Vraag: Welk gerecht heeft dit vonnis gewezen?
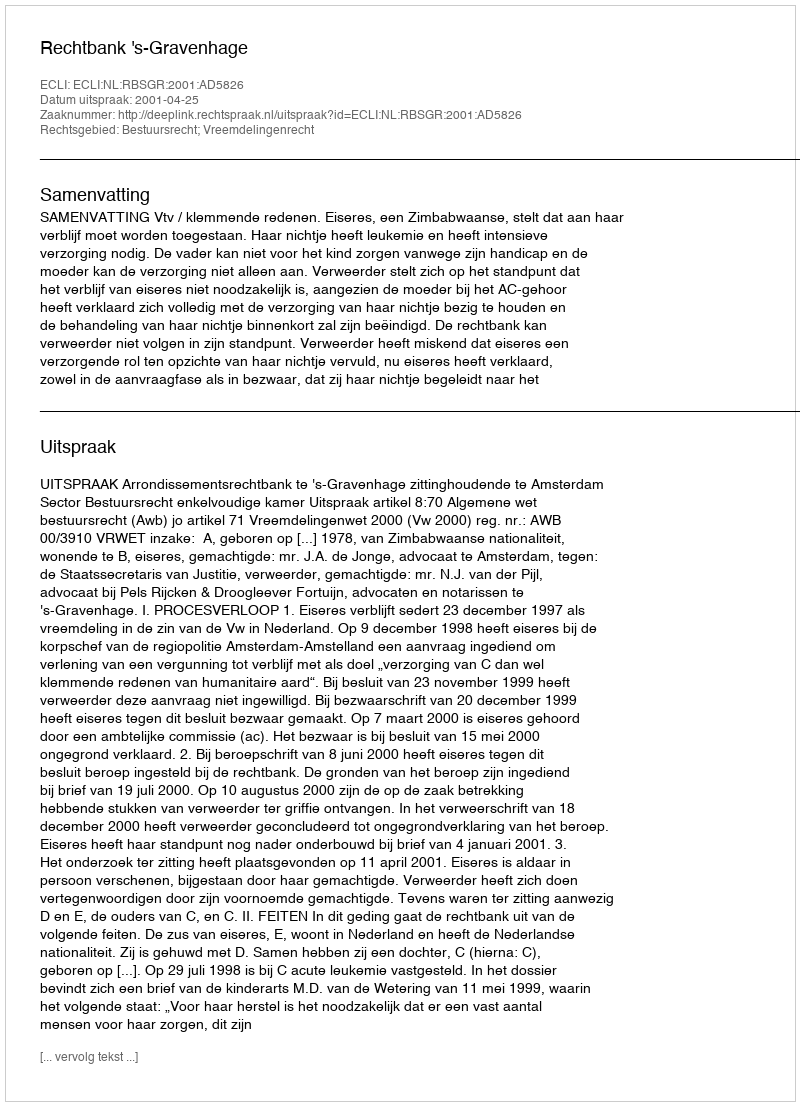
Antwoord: Rechtbank 's-Gravenhage